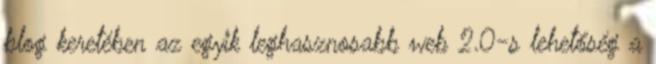
blog keretében az egyik leghasznosabb web 2.0-s lehetőség a